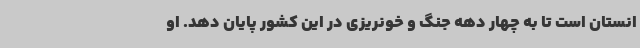
انستان است تا به چهار دهه جنگ و خونریزی در این کشور پایان دهد. او